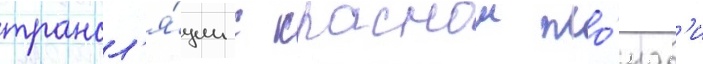
трансл'я́ции с краснои пло́щад'и